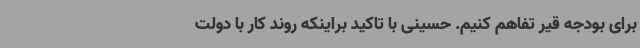
برای بودجه قیر تفاهم کنیم. حسینی با تاکید براینکه روند کار با دولت